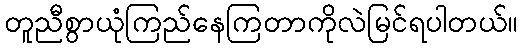
တူညီစွာယုံကြည်နေကြတာကိုလဲမြင်ရပါတယ်။